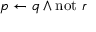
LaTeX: p \leftarrow q \land \mathrm { n o t } ~ r